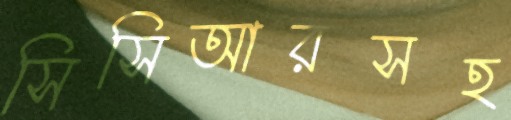
সিসিআরসহ